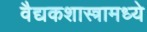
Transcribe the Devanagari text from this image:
वैद्यकशास्त्रामध्ये